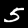
Digit: 5